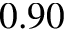
0 . 9 0